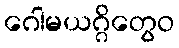
ဂေါမယဂ္ဂိတွေဝ